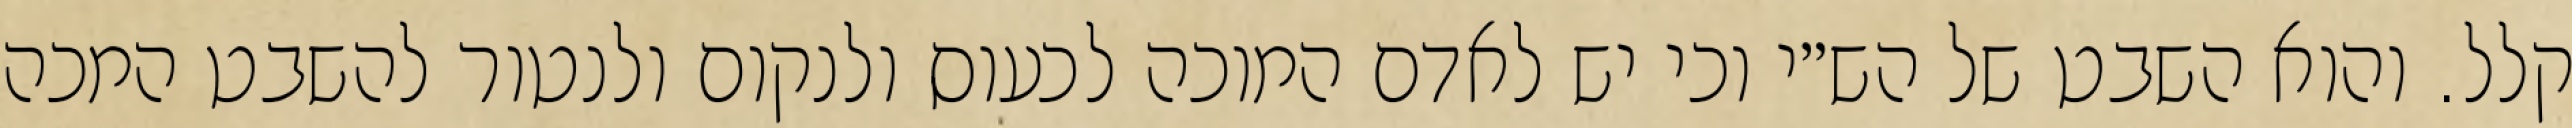
קלל. והוא השבט של הש״י וכי יש לאדם המוכה לכעוס ולנקום ולנטור להשבט המכה